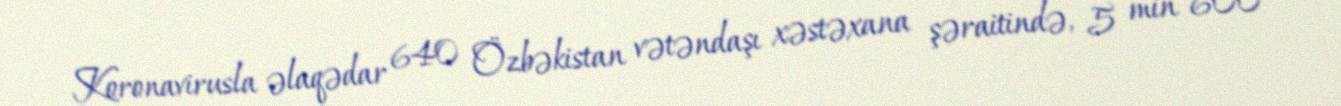
Koronavirusla əlaqədar 640 Özbəkistan vətəndaşı xəstəxana şəraitində, 5 min 600